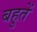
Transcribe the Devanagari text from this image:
बहुतें